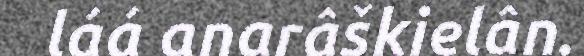
láá anarâškielân.